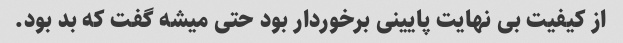
از کیفیت بی نهایت پایینی برخوردار بود حتی میشه گفت که بد بود.